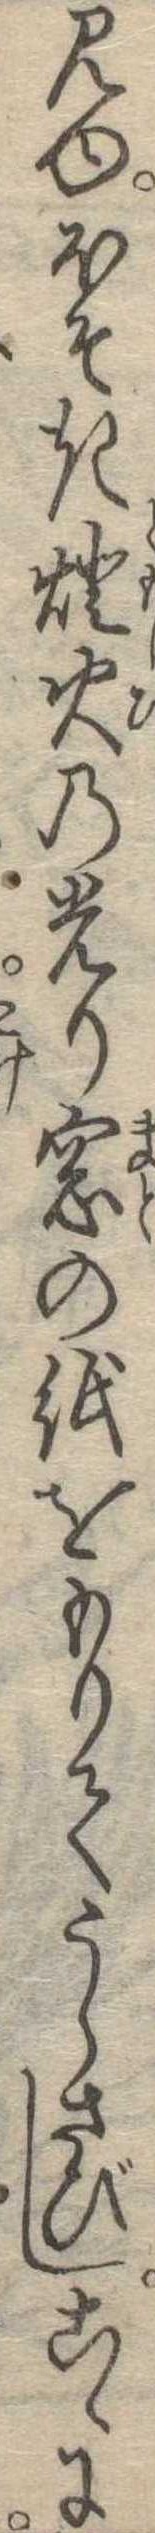
見ゆほそき灯火の光り窓の紙をもりてうらさびしこゝに